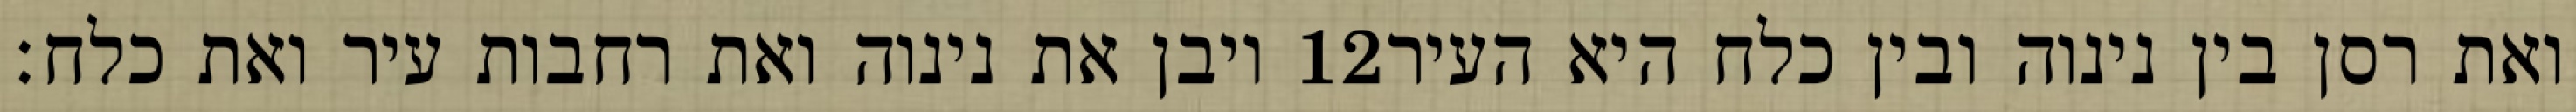
ויבן את נינוה ואת רחבות עיר ואת כלח׃ ‎12‏ ואת רסן בין נינוה ובין כלח היא העיר